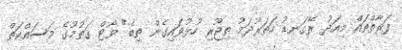
ފަރާތްތައް މިއަދު ރޭގަނޑު ހަތަރުދަމު ތިޖޫރި ހުޅުވައިގެން ތިބެ" ވޯޓް ގަތުމުގެ މަސައްކަތް